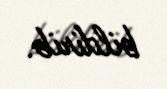
bildirib.